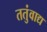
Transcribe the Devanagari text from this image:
ततुंवाद्य